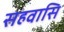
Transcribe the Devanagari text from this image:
सहवासि